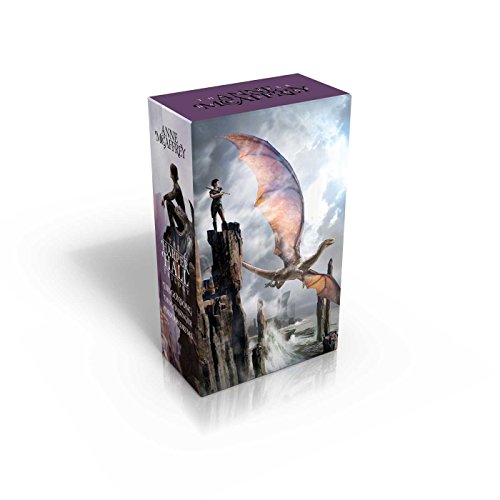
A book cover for The Harper Hall Trilogy: Dragonsong; Dragonsinger; Dragondrums (Harper Hall of Pern); Anne McCaffrey; Science Fiction & Fantasy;